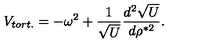
V _ { t o r t . } = - \omega ^ { 2 } + \frac { 1 } { \sqrt U } \frac { d ^ { 2 } \sqrt U } { d \rho ^ { * 2 } } .